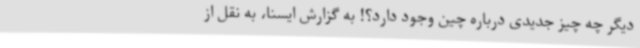
دیگر چه چیز جدیدی درباره چین وجود دارد؟! به گزارش ایسنا، به نقل از